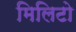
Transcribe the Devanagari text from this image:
मिलिटो